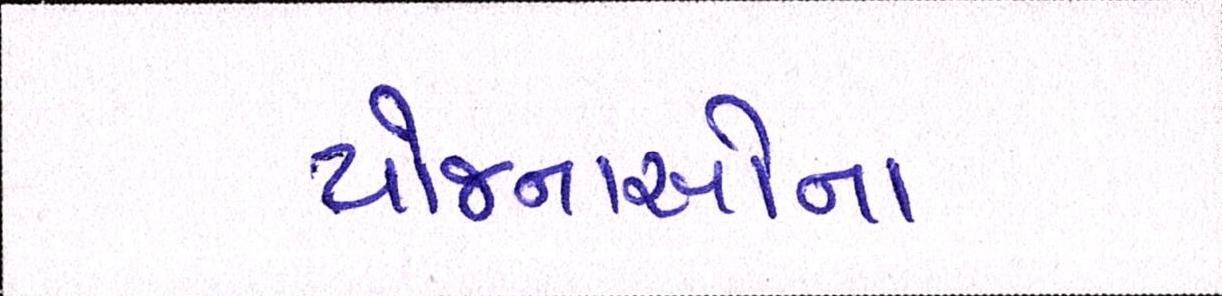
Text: યોજનાઓના